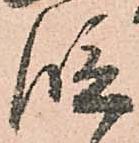
段